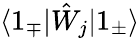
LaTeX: \langle 1_{\mp}|\hat{W}_{j}|1_{\pm}\rangle